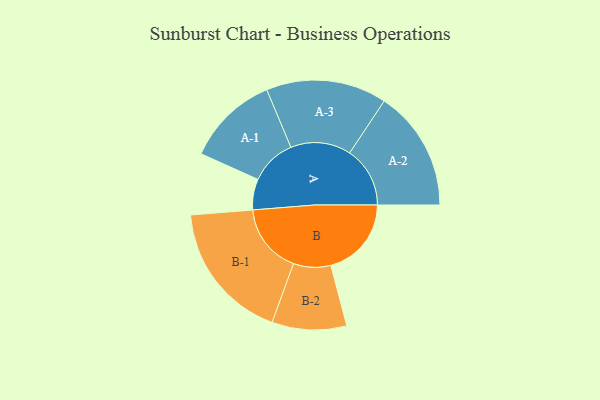
{"axis": {"x": "Segment", "y": "Value"}, "legend": ["", "A", "B"], "data": [{"x": "A", "y": 119, "type": ""}, {"x": "B", "y": 311, "type": ""}, {"x": "A-1", "y": 178, "type": "A"}, {"x": "A-2", "y": 233, "type": "A"}, {"x": "A-3", "y": 233, "type": "A"}, {"x": "B-1", "y": 270, "type": "B"}, {"x": "B-2", "y": 144, "type": "B"}]}